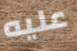
عليه